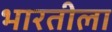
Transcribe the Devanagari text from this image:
भारतीला